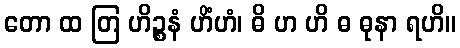
တော ထ တြ ဟိဉ္စနံ ဟိံဟံ၊ ဓိ ဟ ဟိ ဓ ဓုနာ ရဟိ။